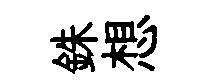
銖想